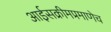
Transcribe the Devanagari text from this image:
आईसक्रीमप्रमाणेच